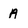
Character: A